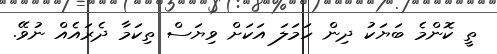
ތީ ކޮންމެ ބަޔަކު ދިން ހަމަލަ އަކަށް ވިޔަސް ތިކަމާ ދެރައެއް ނުވޭ.